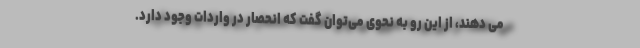
می دهند، از این رو به نحوی می‌توان گفت که انحصار در واردات وجود دارد.